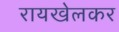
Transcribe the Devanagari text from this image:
रायखेलकर